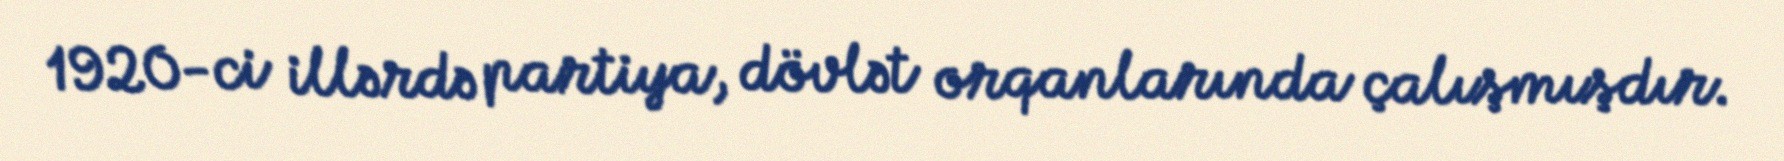
1920-ci illərdə partiya, dövlət orqanlarında çalışmışdır.